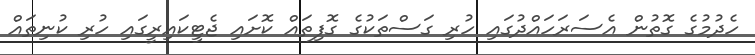
ހެދުމުގެ ގޮތުން އެސަރަހައްދުގައި ހުރި ގަސްތަކުގެ ގޮފިތައް ކޮށައި ޖެޓީކައިރީގައި ހުރި ކުނިތައް